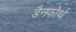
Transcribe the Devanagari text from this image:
डैनफोर्थ